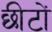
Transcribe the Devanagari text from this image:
छीटों